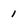
Character: 1